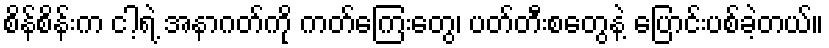
စိန်စိန်းက ငါ့ရဲ့ အနာဂတ်ကို ကတ်ကြေးတွေ၊ ပတ်တီးစတွေနဲ့ ပြောင်းပစ်ခဲ့တယ်။